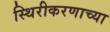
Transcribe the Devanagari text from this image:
स्थिरीकरणाच्या